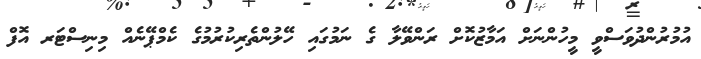
އުމުރުންދުވަސްވީ މީހުންނަށް އަމާޒުކޮށް ރަންވޭލާ ގެ ނަމުގައި ހޭލުންތެރިކުރުމުގެ ކެމްޕޭނެއް މިނިސްޓަރ އޮފް